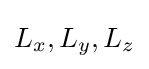
L_{x},L_{y},L_{z}